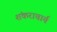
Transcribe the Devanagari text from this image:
शंकराचार्य